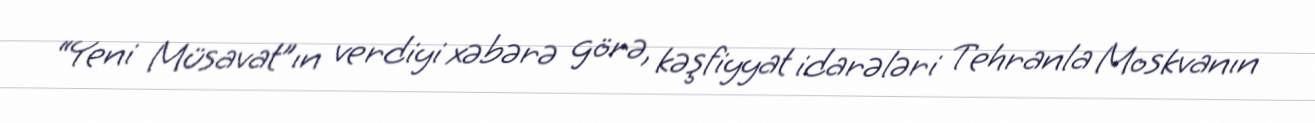
“Yeni Müsavat”ın verdiyi xəbərə görə, kəşfiyyat idarələri Tehranla Moskvanın